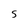
Character: S